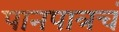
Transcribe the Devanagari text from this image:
पानपात्रचं